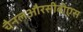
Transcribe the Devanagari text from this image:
चैनलऔरसीबीएस